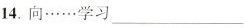
14.向……学习___